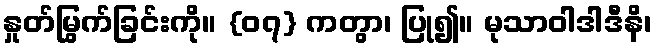
နှုတ်မြွက်ခြင်းကို။ {၀၇} ကတွာ၊ ပြု၍။ မုသာဝါဒါဒီနိ၊